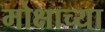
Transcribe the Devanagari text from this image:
मोक्षाच्या